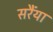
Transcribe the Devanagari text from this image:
सरैंया